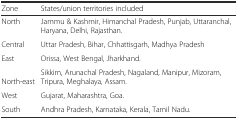
<table><thead><tr><td><b>Zone</b></td><td><b>States/union territories included</b></td></tr></thead><tbody><tr><td>North</td><td>Jammu &amp; Kashmir, Himanchal Pradesh, Punjab, Uttaranchal, Haryana, Delhi, Rajasthan.</td></tr><tr><td>Central</td><td>Uttar Pradesh, Bihar, Chhattisgarh, Madhya Pradesh</td></tr><tr><td>East</td><td>Orissa, West Bengal, Jharkhand.</td></tr><tr><td>North-east</td><td>Sikkim, Arunachal Pradesh, Nagaland, Manipur, Mizoram, Tripura, Meghalaya, Assam.</td></tr><tr><td>West</td><td>Gujarat, Maharashtra, Goa.</td></tr><tr><td>South</td><td>Andhra Pradesh, Karnataka, Kerala, Tamil Nadu.</td></tr></tbody></table>